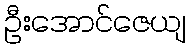
ဦးအောင်ဇေယျ